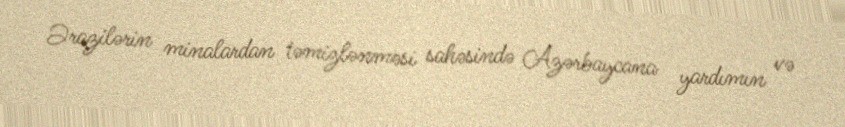
Ərazilərin minalardan təmizlənməsi sahəsində Azərbaycana yardımın və